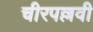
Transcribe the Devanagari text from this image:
चीरपल्लवी